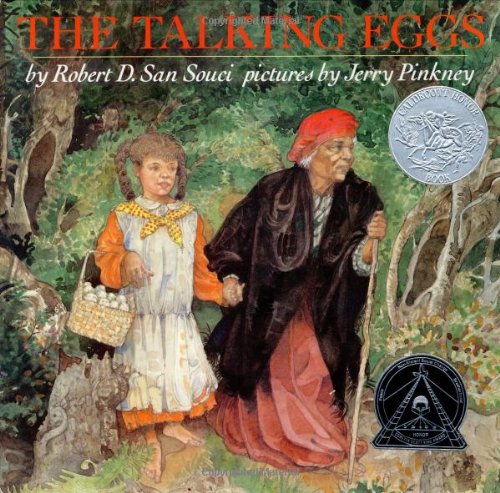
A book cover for The Talking Eggs; Robert D. San Souci; Politics & Social Sciences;